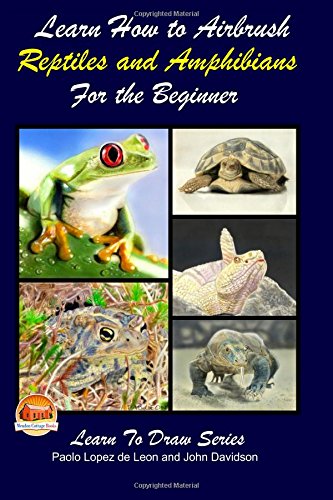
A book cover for Learn How to Airbrush Reptiles and Amphibians For the Beginners; Paolo Lopez de Leon; Arts & Photography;